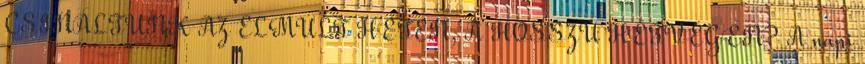
CSINÁLTUNK AZ ELMÚLT HÉTEN, A HOSSZÚ HÉTVÉGÉN? A napi